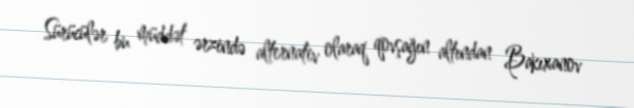
Sürücülər bu müddət ərzində alternativ olaraq qovşağın altından Bakıxanov